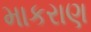
માકરાણ